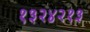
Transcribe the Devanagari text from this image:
१३२४२१३